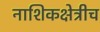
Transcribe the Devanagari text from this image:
नाशिकक्षेत्रीच